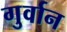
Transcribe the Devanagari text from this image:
गुर्वान